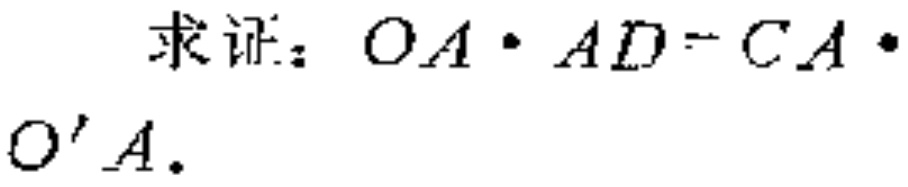
求证：\(OA\cdot AD = CA\cdot O'A\)。